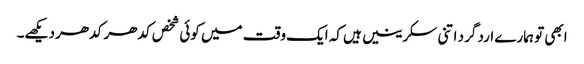
ابھی تو ہمارے ارد گرد اتنی سکرینیں ہیں کہ ایک وقت میں کوئی شخص کدھر کدھر دیکھے۔